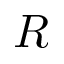
R